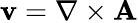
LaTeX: \mathbf{v}=\nabla\times\mathbf{A}